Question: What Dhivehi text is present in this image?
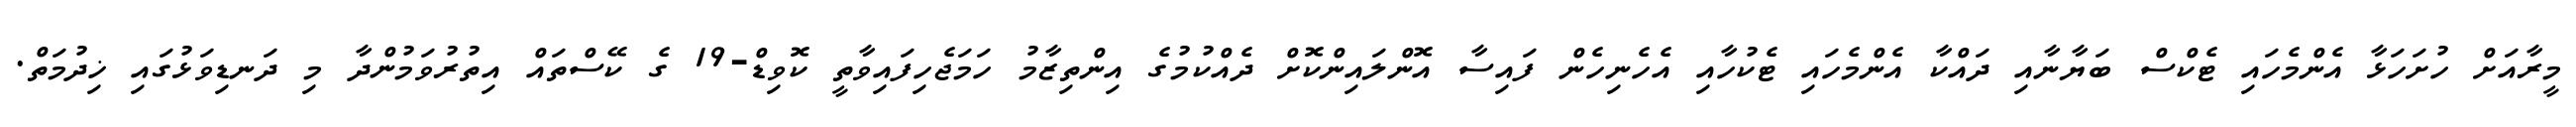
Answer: މީރާއަށް ހުށަހަޅާ އެންމެހައި ޓެކްސް ބަޔާނާއި ދައްކާ އެންމެހައި ޓެކުހާއި އެހެނިހެން ފައިސާ އޮންލައިންކޮށް ދެއްކުމުގެ އިންތިޒާމު ހަމަޖެހިފައިވާތީ ކޮވިޑް-19 ގެ ކޭސްތައް އިތުރުވަމުންދާ މި ދަނޑިވަޅުގައި ޚިދުމަތް.